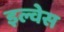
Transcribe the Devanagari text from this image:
इल्वेस